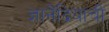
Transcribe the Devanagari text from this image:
ज्ञानेंद्रियाची